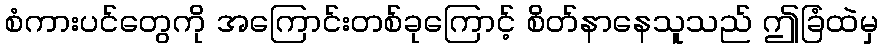
စံကားပင်တွေကို အကြောင်းတစ်ခုကြောင့် စိတ်နာနေသူသည် ဤခြံထဲမှ